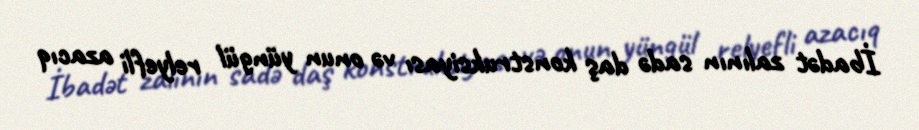
İbadət zalının sadə daş konstruksiyası və onun yüngül relyefli azacıq